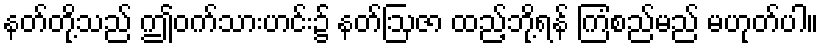
နတ်တို့သည် ဤဝက်သားဟင်း၌ နတ်ဩဇာ ထည့်ဘို့ရန် ကြံစည်မည် မဟုတ်ပါ။